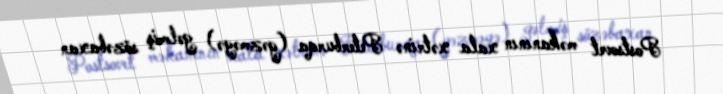
Postsovet məkanının xala xətrinə Peterburqa (gəzməyə) gəlmiş sözəbaxan